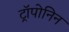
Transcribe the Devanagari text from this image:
ट्रॉपोनिन